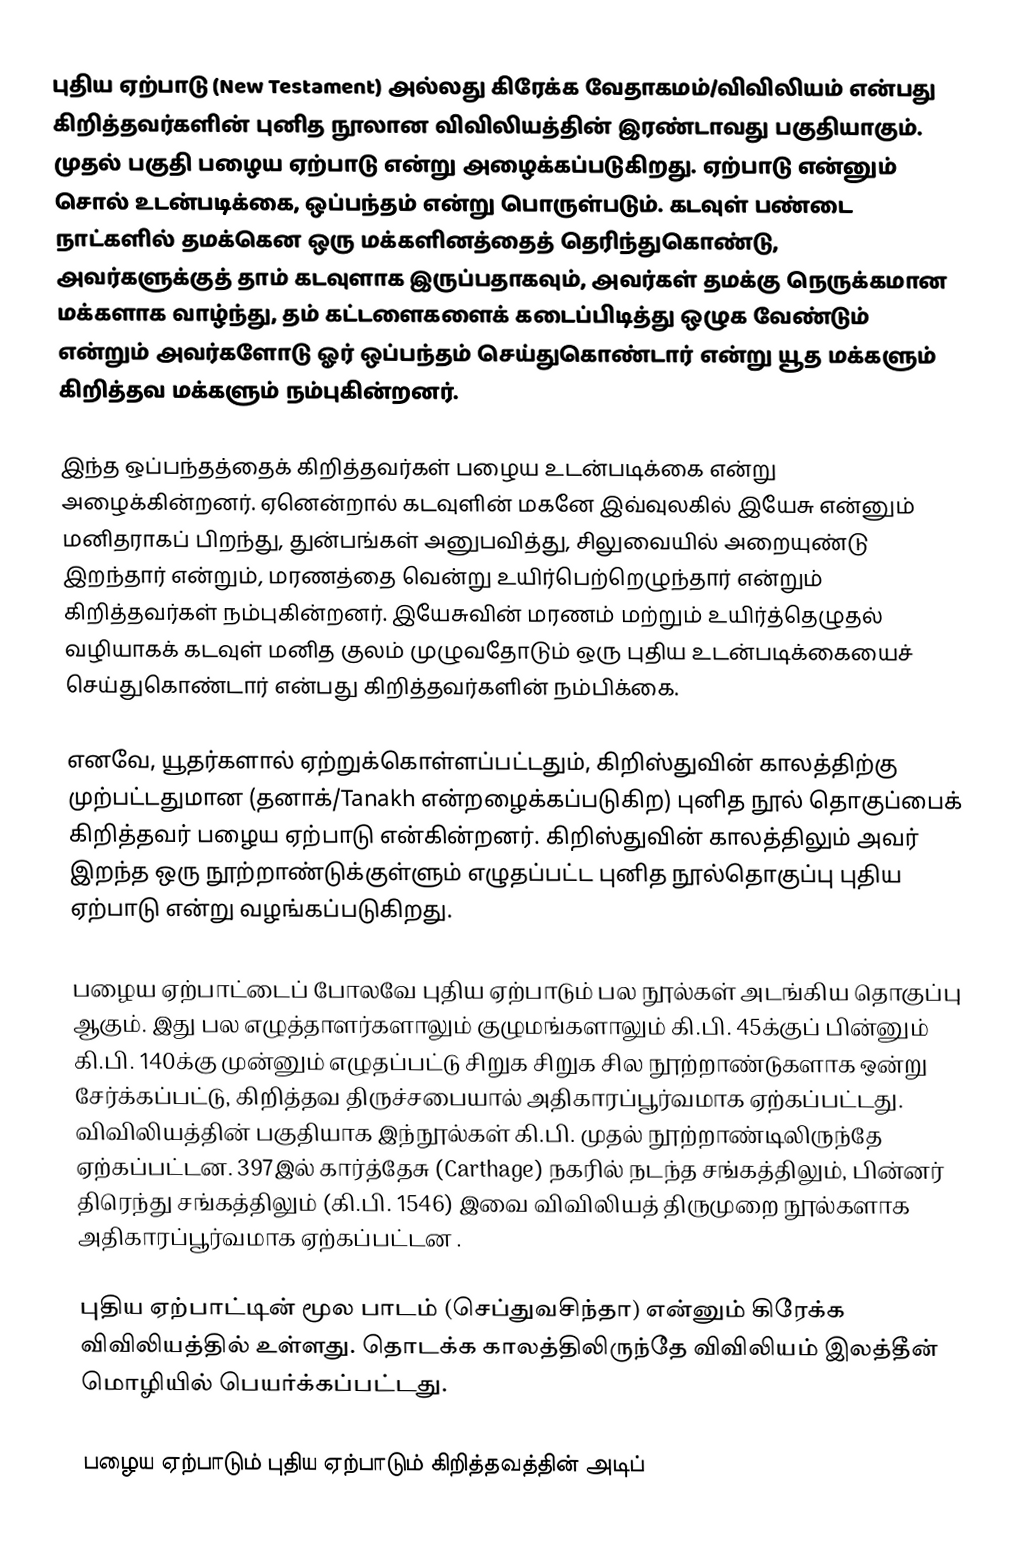
புதிய ஏற்பாடு (New Testament) அல்லது கிரேக்க வேதாகமம்/விவிலியம் என்பது கிறித்தவர்களின் புனித நூலான விவிலியத்தின் இரண்டாவது பகுதியாகும். முதல் பகுதி பழைய ஏற்பாடு என்று அழைக்கப்படுகிறது. ஏற்பாடு என்னும் சொல் உடன்படிக்கை, ஒப்பந்தம் என்று பொருள்படும். கடவுள் பண்டை நாட்களில் தமக்கென ஒரு மக்களினத்தைத் தெரிந்துகொண்டு, அவர்களுக்குத் தாம் கடவுளாக இருப்பதாகவும், அவர்கள் தமக்கு நெருக்கமான மக்களாக வாழ்ந்து, தம் கட்டளைகளைக் கடைப்பிடித்து ஒழுக வேண்டும் என்றும் அவர்களோடு ஓர் ஒப்பந்தம் செய்துகொண்டார் என்று யூத மக்களும் கிறித்தவ மக்களும் நம்புகின்றனர்.

இந்த ஒப்பந்தத்தைக் கிறித்தவர்கள் பழைய உடன்படிக்கை என்று அழைக்கின்றனர். ஏனென்றால் கடவுளின் மகனே இவ்வுலகில் இயேசு என்னும் மனிதராகப் பிறந்து, துன்பங்கள் அனுபவித்து, சிலுவையில் அறையுண்டு இறந்தார் என்றும், மரணத்தை வென்று உயிர்பெற்றெழுந்தார் என்றும் கிறித்தவர்கள் நம்புகின்றனர். இயேசுவின் மரணம் மற்றும் உயிர்த்தெழுதல் வழியாகக் கடவுள் மனித குலம் முழுவதோடும் ஒரு புதிய உடன்படிக்கையைச் செய்துகொண்டார் என்பது கிறித்தவர்களின் நம்பிக்கை.

எனவே, யூதர்களால் ஏற்றுக்கொள்ளப்பட்டதும், கிறிஸ்துவின் காலத்திற்கு முற்பட்டதுமான (தனாக்/Tanakh என்றழைக்கப்படுகிற) புனித நூல் தொகுப்பைக் கிறித்தவர் பழைய ஏற்பாடு என்கின்றனர். கிறிஸ்துவின் காலத்திலும் அவர் இறந்த ஒரு நூற்றாண்டுக்குள்ளும் எழுதப்பட்ட புனித நூல்தொகுப்பு புதிய ஏற்பாடு என்று வழங்கப்படுகிறது.

பழைய ஏற்பாட்டைப் போலவே புதிய ஏற்பாடும் பல நூல்கள் அடங்கிய தொகுப்பு ஆகும். இது பல எழுத்தாளர்களாலும் குழுமங்களாலும்  கி.பி. 45க்குப் பின்னும் கி.பி. 140க்கு முன்னும் எழுதப்பட்டு சிறுக சிறுக சில நூற்றாண்டுகளாக ஒன்று சேர்க்கப்பட்டு, கிறித்தவ திருச்சபையால் அதிகாரப்பூர்வமாக ஏற்கப்பட்டது. விவிலியத்தின் பகுதியாக இந்நூல்கள் கி.பி. முதல் நூற்றாண்டிலிருந்தே ஏற்கப்பட்டன. 397இல் கார்த்தேசு (Carthage) நகரில் நடந்த சங்கத்திலும், பின்னர் திரெந்து சங்கத்திலும் (கி.பி. 1546) இவை விவிலியத் திருமுறை நூல்களாக அதிகாரப்பூர்வமாக ஏற்கப்பட்டன .

புதிய ஏற்பாட்டின் மூல பாடம் (செப்துவசிந்தா) என்னும் கிரேக்க விவிலியத்தில் உள்ளது. தொடக்க காலத்திலிருந்தே விவிலியம் இலத்தீன் மொழியில் பெயர்க்கப்பட்டது.

பழைய ஏற்பாடும் புதிய ஏற்பாடும் கிறித்தவத்தின் அடிப்